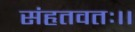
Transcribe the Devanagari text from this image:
संहृतवतः।।